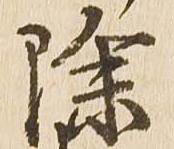
除